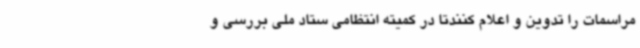
مراسمات را تدوین و اعلام کنندتا در کمیته انتظامی ستاد ملی بررسی و